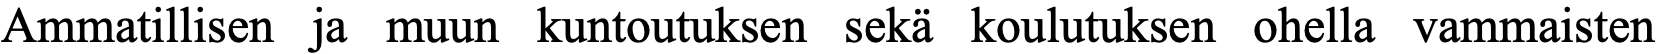
Ammatillisen ja muun kuntoutuksen sekä koulutuksen ohella vammaisten